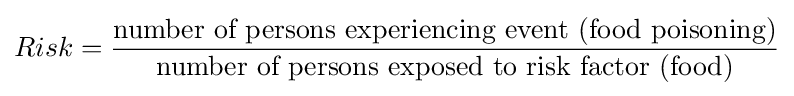
Risk={\frac {\mbox{number of persons experiencing event (food poisoning)}}{\mbox{number of persons exposed to risk factor (food)}}}